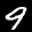
Label: 9